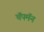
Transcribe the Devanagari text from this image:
चॅपमॅन